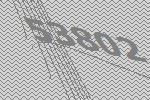
53802